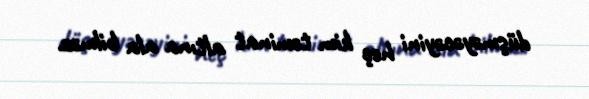
düşməyəcəyini heç kim təminat altına ala bilməz.